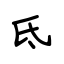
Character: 氐